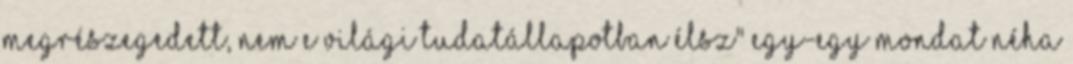
megrészegedett, nem e világi tudatállapotban élsz" Egy-egy mondat néha